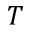
T